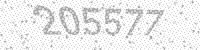
Solution: 205577